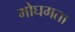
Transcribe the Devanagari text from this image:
मोघमता